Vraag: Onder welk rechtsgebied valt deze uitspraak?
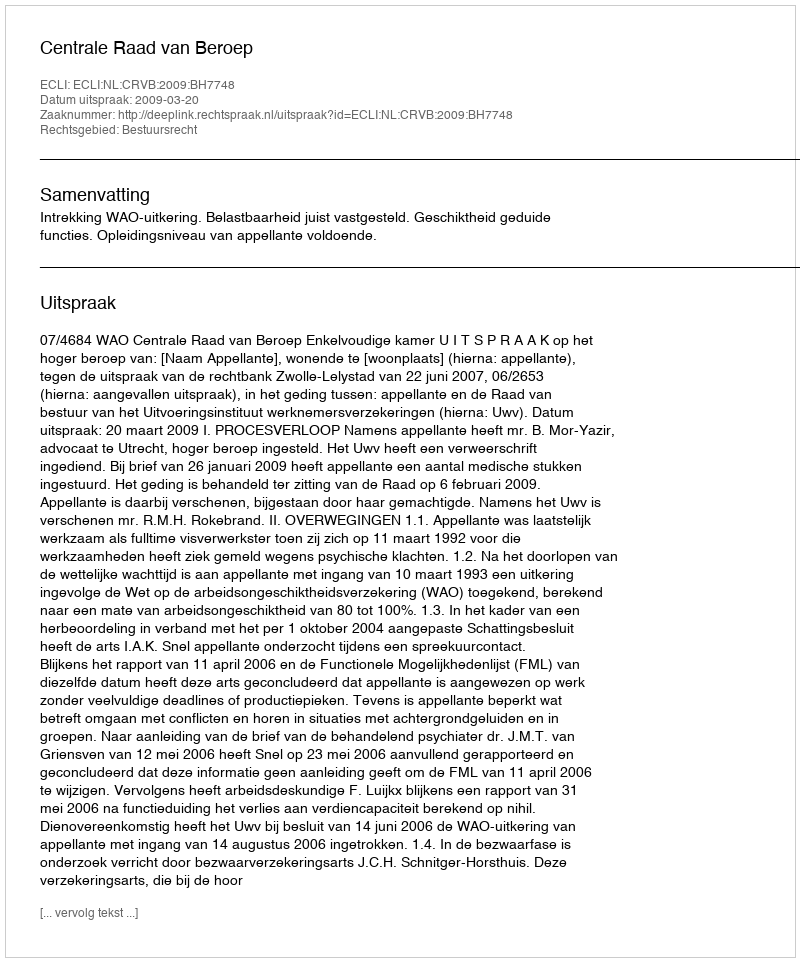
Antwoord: Bestuursrecht